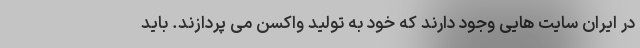
در ایران سایت هایی وجود دارند که خود به تولید واکسن می پردازند. باید